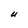
Character: U